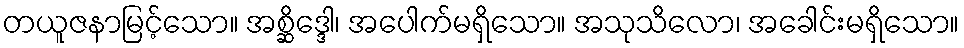
တယူဇနာမြင့်သော။ အစ္ဆိဒ္ဒေါ၊ အပေါက်မရှိသော။ အသုသိလော၊ အခေါင်းမရှိသော။